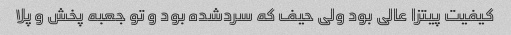
کیفیت پیتزا عالی بود ولی حیف که سردشده بود و تو جعبه پخش و پلا